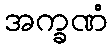
အက္ခဏံ